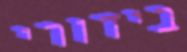
בידורי